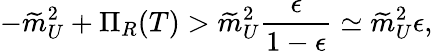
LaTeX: -\widetilde{m}_{U}^{2}+\Pi_{R}(T)>\widetilde{m}_{U}^{2}\frac{\epsilon}{1-\epsilon}\simeq\widetilde{m}_{U}^{2}\epsilon,